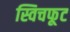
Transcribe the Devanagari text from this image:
स्विचफूट